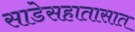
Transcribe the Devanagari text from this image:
साडेसहातासात